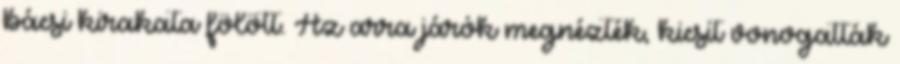
bácsi kirakata fölött. Az arra járók megnézték, kicsit vonogatták